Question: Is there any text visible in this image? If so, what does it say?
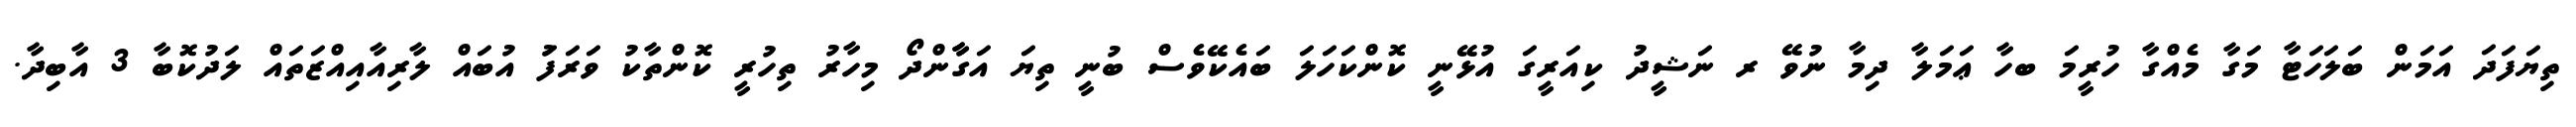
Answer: ތިޔަފަދަ އަމަން ބަލަހަޓާ މަގާ މެއްގާ ހުރީމަ ބހާ ޢަމަލާ ދިމާ ނުވޭ ރ ނަޝީދު ކިއަރީގަ އުޅޭނީ ކޮންކަހަލަ ބައެކޭވެސް ބުނީ ތިޔަ އަގާާންދޯ މިހާރު ތިހުރީ ކޮންތާކު ވަރަފަު އުބައް ލާރިއާއިއްޒަތައް ލަދުކޮބާ 3 އާބިދާ.